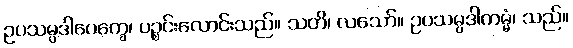
ဥပသမ္ပဒါပေက္ခေ၊ ပဉ္စင်းလောင်းသည်။ သတိ၊ လသော်။ ဥပသမ္ပဒါကမ္မံ၊ သည်။